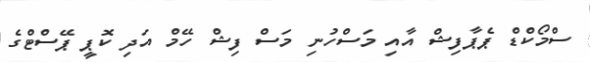
ސްމޯކްޑް ޕެޕާފިޝް އާއި މަސްހުނި މަސް ފިޝް ހޭމް އަދި ކޮޕީ ޕޭސްޓްގެ